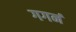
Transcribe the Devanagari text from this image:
गगनं